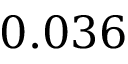
0 . 0 3 6